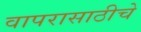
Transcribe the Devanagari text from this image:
वापरासाठीचे